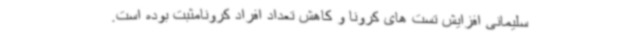
سلیمانی افزایش تست های کرونا و کاهش تعداد افراد کرونامثبت بوده است.